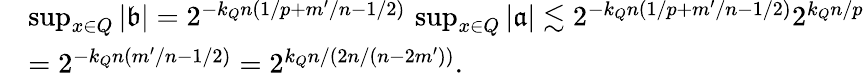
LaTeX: \begin{array}{rl}&{\operatorname*{sup}_{x\in Q}|\mathfrak b|=2^{-k_{Q}n(1/p+m^{\prime}/n-1/2)}\, \operatorname*{sup}_{x\in Q}|\mathfrak{a}|\lesssim 2^{-k_{Q}n(1/p+m^{\prime}/n-1/2)}2^{k_{Q}n/p}}\\ &{=2^{-k_{Q}n(m^{\prime}/n-1/2)}=2^{k_{Q}n/(2n/(n-2m^{\prime}))}.}\end{array}